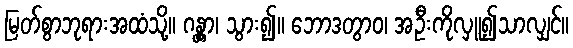
မြတ်စွာဘုရားအထံသို့။ ဂန္တွာ၊ သွား၍။ ဘောဒတွာဝ၊ အဦးကိုလှူ၍သာလျှင်။